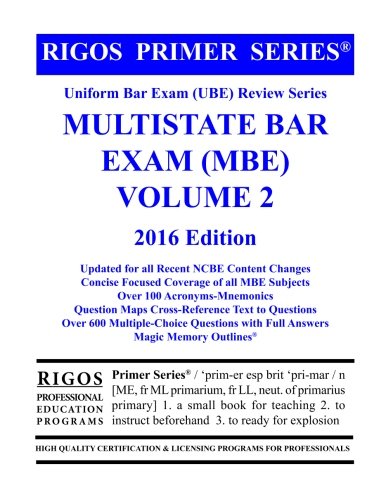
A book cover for Rigos Primer Series Uniform Bar Exam (UBE) Review Series MBE Volume 2: 2016 Edition; Mr. James J. Rigos; Test Preparation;